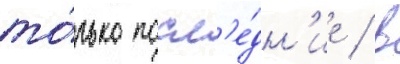
то́лько посл'е́дн'ие / в